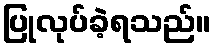
ပြုလုပ်ခဲ့ရသည်။